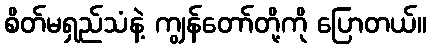
စိတ်မရှည်သံနဲ့ ကျွန်တော်တို့ကို ပြောတယ်။